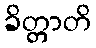
ခိတ္တာတိ